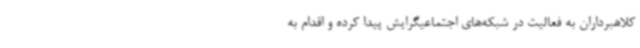
کلاهبرداران به فعالیت در شبکه‌های اجتماعیگرایش پیدا کرده و اقدام به